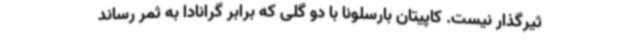
ثیرگذار نیست. کاپیتان بارسلونا با دو گلی که برابر گرانادا به ثمر رساند